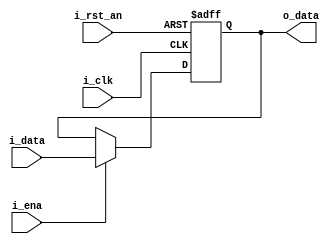
// This program was cloned from: https://github.com/ahmedshahein/DSP-RTL-Lib
// License: BSD 2-Clause "Simplified" License

// -------------------------------------------------------------------
// Copyright (C) 2019 Ahmed Shahein
// -------------------------------------------------------------------
//
// -------------------------------------------------------------------
module dff #(
  parameter gp_data_width = 8                  // Set input & output bit-width
) 
(
  input  wire                     i_rst_an,    // Asynchronous active low reset
  input  wire                     i_ena,       // Synchronous active high enable
  input  wire                     i_clk,       // Rising-edge clock
  input  wire [gp_data_width-1:0] i_data,      // Input data with gp_data_width bits MSB:LSB, signed or unsigned
  output wire [gp_data_width-1:0] o_data       // Output data with gp_data_width bits MSB:LSB, signed or unsigned
);
// -------------------------------------------------------------------
  reg [gp_data_width-1:0] r_data;
// -------------------------------------------------------------------  
  always @(posedge i_clk or negedge i_rst_an)
    begin: p_dff
      if (!i_rst_an)
        r_data <= 'd0;
      else if (i_ena)
        r_data <= i_data;  
    end
  
  assign o_data = r_data;
endmodule